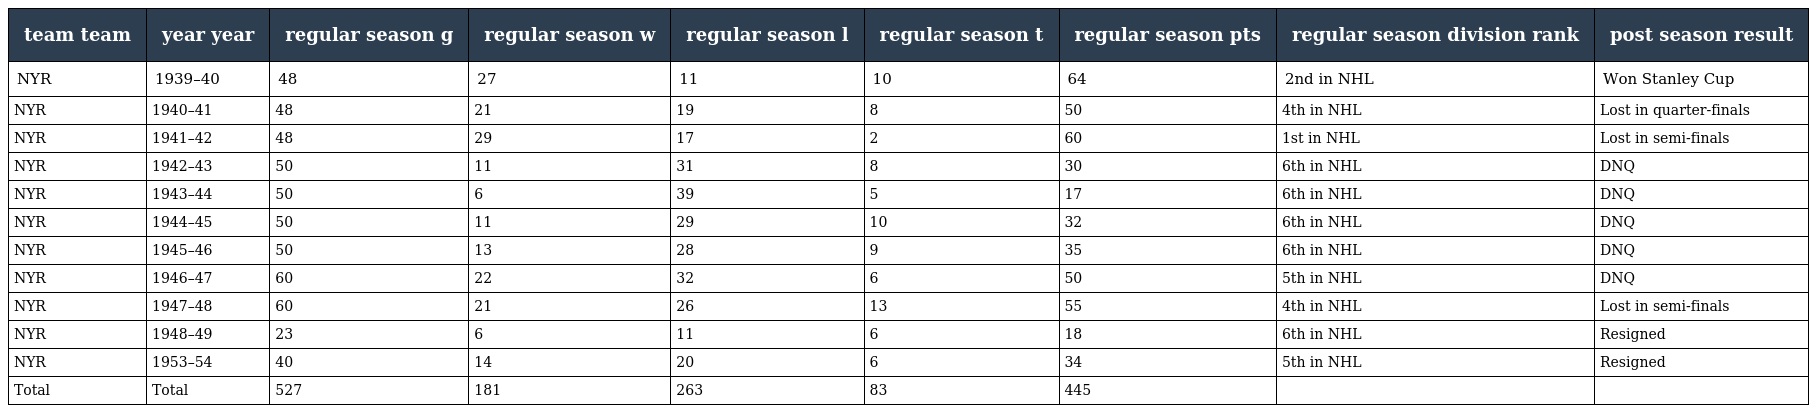
| team team | year year | regular season g | regular season w | regular season l | regular season t | regular season pts | regular season division rank | post season result |
 | --- | --- | --- | --- | --- | --- | --- | --- | --- |
 | NYR | 1939–40 | 48 | 27 | 11 | 10 | 64 | 2nd in NHL | Won Stanley Cup |
 | NYR | 1940–41 | 48 | 21 | 19 | 8 | 50 | 4th in NHL | Lost in quarter-finals |
 | NYR | 1941–42 | 48 | 29 | 17 | 2 | 60 | 1st in NHL | Lost in semi-finals |
 | NYR | 1942–43 | 50 | 11 | 31 | 8 | 30 | 6th in NHL | DNQ |
 | NYR | 1943–44 | 50 | 6 | 39 | 5 | 17 | 6th in NHL | DNQ |
 | NYR | 1944–45 | 50 | 11 | 29 | 10 | 32 | 6th in NHL | DNQ |
 | NYR | 1945–46 | 50 | 13 | 28 | 9 | 35 | 6th in NHL | DNQ |
 | NYR | 1946–47 | 60 | 22 | 32 | 6 | 50 | 5th in NHL | DNQ |
 | NYR | 1947–48 | 60 | 21 | 26 | 13 | 55 | 4th in NHL | Lost in semi-finals |
 | NYR | 1948–49 | 23 | 6 | 11 | 6 | 18 | 6th in NHL | Resigned |
 | NYR | 1953–54 | 40 | 14 | 20 | 6 | 34 | 5th in NHL | Resigned |
 | Total | Total | 527 | 181 | 263 | 83 | 445 |  |  |